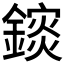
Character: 𨬄